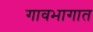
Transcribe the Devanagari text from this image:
गावभागात